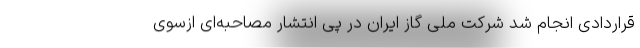
قراردادی انجام شد شرکت ملی گاز ایران در پی انتشار مصاحبه‌ای ازسوی